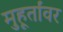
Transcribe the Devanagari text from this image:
मुहूर्तांवर